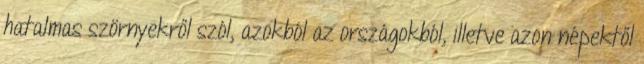
hatalmas szörnyekről szól, azokból az országokból, illetve azon népektől